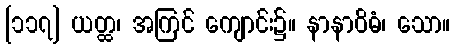
[၁၁၇] ယတ္ထ၊ အကြင် ကျောင်း၌။ နာနာဝိဓံ၊ သော။